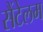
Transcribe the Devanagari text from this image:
सैंटेलम